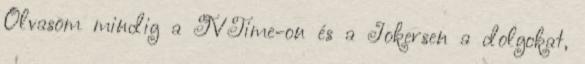
Olvasom mindig a TVTime-on és a Jokersen a dolgokat,